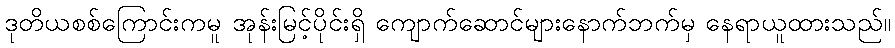
ဒုတိယစစ်ကြောင်းကမူ အုန်းမြင့်ပိုင်းရှိ ကျောက်ဆောင်များနောက်ဘက်မှ နေရာယူထားသည်။